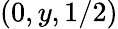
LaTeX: (0,y,1/2)